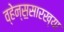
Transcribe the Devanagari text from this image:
व्हेन्स॒सारख्या